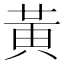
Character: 黃